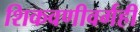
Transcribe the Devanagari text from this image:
शिकवणीवर्गही